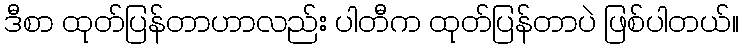
ဒီစာ ထုတ်ပြန်တာဟာလည်း ပါတီက ထုတ်ပြန်တာပဲ ဖြစ်ပါတယ်။